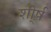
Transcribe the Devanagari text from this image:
शी्र्ष